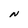
Character: N